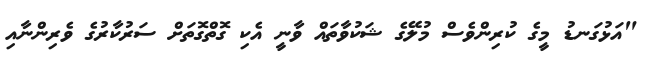
"އަޅުގަނޑު މީގެ ކުރިންވެސް މުލޭގެ ޝަކުވާތައް ވާނީ އެކި ގޮތްގޮތަށް ސަރުކާރުގެ ވެރިންނާއި